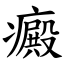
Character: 癜